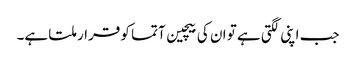
جب اپنی لگتی ہے تو ان کی بیچین آتما کو قرار ملتا ہے۔